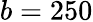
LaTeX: b=250